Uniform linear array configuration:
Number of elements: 32
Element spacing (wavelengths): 1
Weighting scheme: binomial
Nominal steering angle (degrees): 45
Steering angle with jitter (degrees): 43.486
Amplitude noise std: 0.05
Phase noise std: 0.05

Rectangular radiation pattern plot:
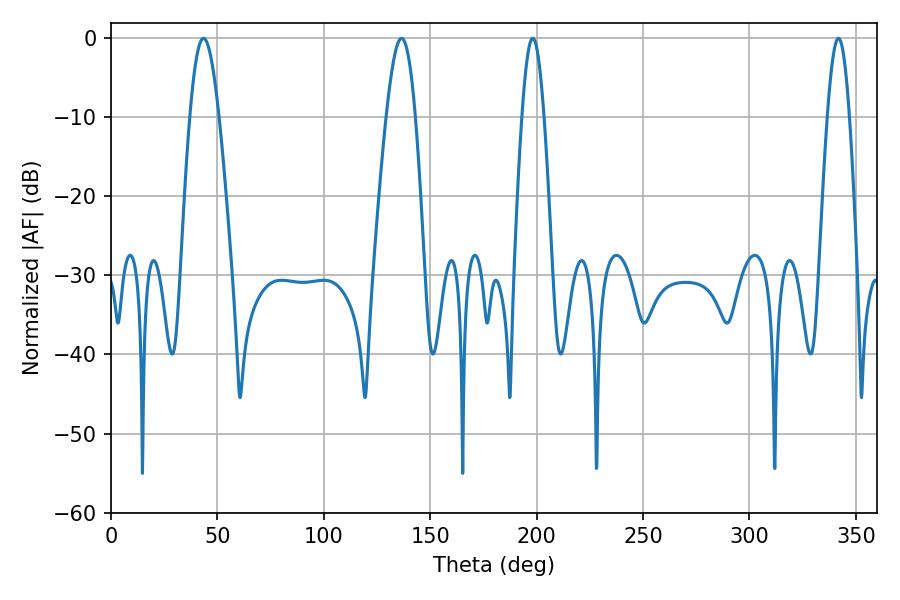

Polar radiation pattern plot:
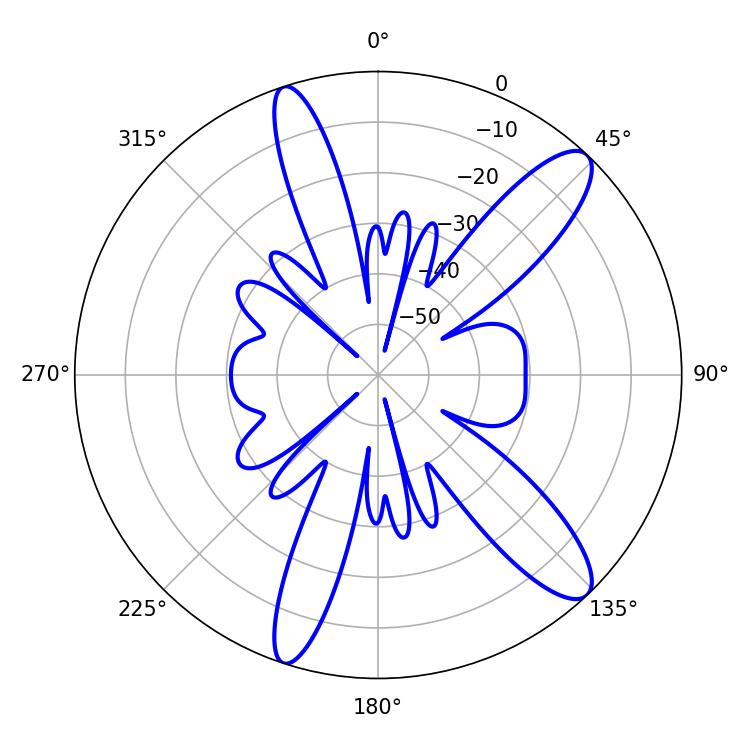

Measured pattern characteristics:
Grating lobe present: TRUE
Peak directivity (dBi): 11.983
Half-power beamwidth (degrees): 5.58
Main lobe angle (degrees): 198.18